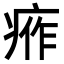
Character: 𤶙